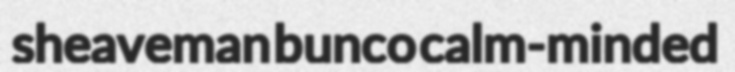
sheaveman bunco calm-minded